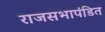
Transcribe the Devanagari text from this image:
राजसभापंडित